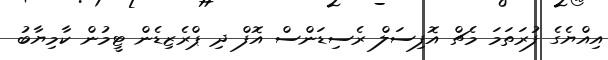
އިއްޔެގެ ފުރަތަމަ މެޗް އޮފިސަލް ރެސިޑަންސް އޮފް ދި ޕްރެޒިޑެން ޓީމުން ކާމިޔާބު